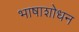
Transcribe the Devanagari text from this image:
भाषाशोधन